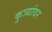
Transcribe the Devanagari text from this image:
कुत्र्यांवर